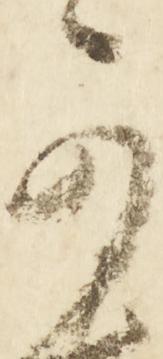
可